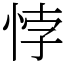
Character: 悖